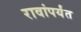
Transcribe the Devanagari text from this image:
रावांपर्यंत